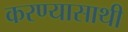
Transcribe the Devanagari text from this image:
करण्यासाथी